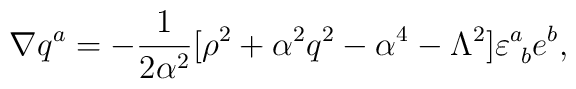
\nabla q^{a} = -{1 \over 2{\alpha}^{2} } [\rho^{2} +\alpha^{2} q^{2}- \alpha^{4} - \Lambda^2] \varepsilon^{a}_{\ b} e^{b},